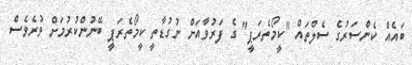
ބައެއް ކެންސަރުގެ ސެލްތައް "ކީމޯތެރަޕީ" ގެ ފަރުވާއަށް ނުގުޑާތީ ކީމޯތެރަޕީ ބޭނުންކުރުމަށް ވުރެވެސް